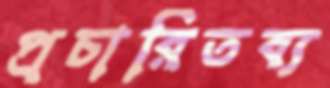
প্রচারিতব্য